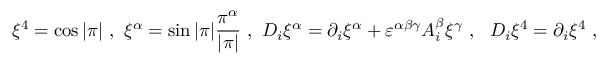
\xi ^ { 4 } = \cos | \pi | \ , \ \xi ^ { \alpha } = \sin | \pi | \frac { \pi ^ { \alpha } } { | \pi | } \ , \ D _ { i } \xi ^ { \alpha } = \partial _ { i } \xi ^ { \alpha } + \varepsilon ^ { \alpha \beta \gamma } A _ { i } ^ { \beta } \xi ^ { \gamma } \ , \ \ D _ { i } \xi ^ { 4 } = \partial _ { i } \xi ^ { 4 } \ , \nonumber